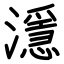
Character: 濦